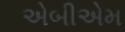
એબીએમ